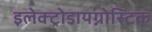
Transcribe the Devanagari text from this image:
इलेक्ट्रोडायग्नोस्टिक